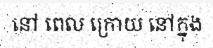
នៅ ពេល ក្រោយ នៅក្នុង